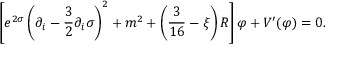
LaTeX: \left[ e ^ { 2 \sigma } \left( \partial _ { i } - \frac { 3 } { 2 } \partial _ { i } \sigma \right) ^ { 2 } + m ^ { 2 } + \left( \frac { 3 } { 1 6 } - \xi \right) R \right] \varphi + V ^ { \prime } ( \varphi ) = 0 .